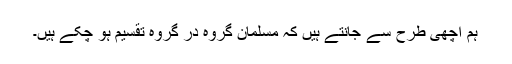
ہم اچھی طرح سے جانتے ہیں کہ مسلمان گروہ در گروہ تقسیم ہو چکے ہیں۔